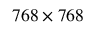
7 6 8 \times 7 6 8